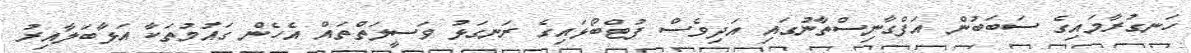
ހަނގުރާމައިގެ ސަބަބުން އަފްގާނިސްތާނުގައި އަދިވެސް ފުޓްބޯޅައިގެ ރަނގަޅު ވަސީލަތްތައް އެހެން ގައުމުތަކާ އަޅާބަލާއިރު